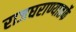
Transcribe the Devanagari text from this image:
राजघराण्यातर्फे